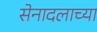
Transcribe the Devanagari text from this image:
सेनादलाच्या